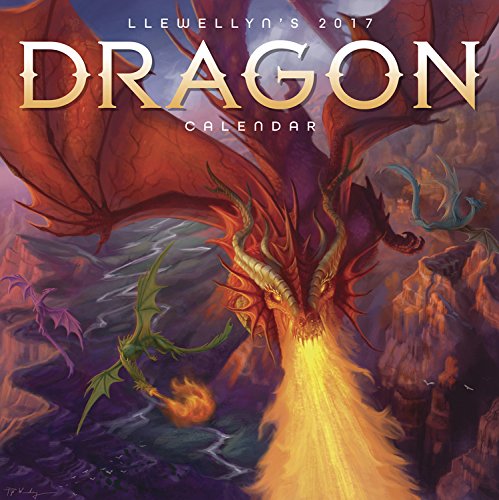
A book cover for Llewellyn's 2017 Dragon Calendar; Llewellyn; Calendars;